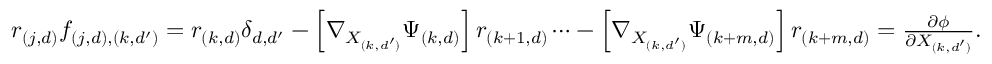
\begin{array} { r } { r _ { ( j , d ) } f _ { ( j , d ) , ( k , d ^ { \prime } ) } = r _ { ( k , d ) } \delta _ { d , d ^ { \prime } } - \left[ \nabla _ { X _ { ( k , d ^ { \prime } ) } } \Psi _ { ( k , d ) } \right] r _ { ( k + 1 , d ) } \cdots - \left[ \nabla _ { X _ { ( k , d ^ { \prime } ) } } \Psi _ { ( k + m , d ) } \right] r _ { { ( k + m , d ) } } = \frac { \partial \phi } { \partial X _ { ( k , d ^ { \prime } ) } } . } \end{array}